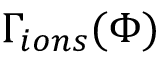
\Gamma _ { i o n s } ( \Phi )